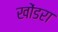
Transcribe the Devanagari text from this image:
खोंडरा